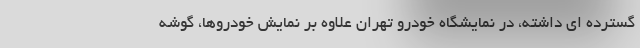
گسترده ای داشته، در نمایشگاه خودرو تهران علاوه بر نمایش خودروها، گوشه